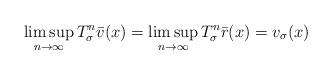
LaTeX: \begin{align*} \limsup_{n \to \infty} T_\sigma^n \bar v (x) =\limsup_{n \to \infty} T_\sigma^n \bar r (x) = v_\sigma(x) \end{align*}